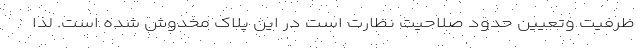
ظرفیت وتعیین حدود صلاحیت نظارت است در این پلاک مخدوش شده است. لذا